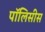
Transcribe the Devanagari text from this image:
पॉलिसीस